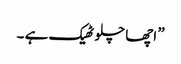
” اچھا چلو ٹھیک ہے ۔